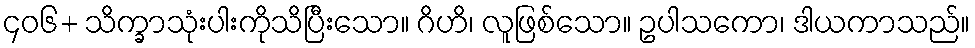
၄၀၆+ သိက္ခာသုံးပါးကိုသိပြီးသော။ ဂိဟိ၊ လူဖြစ်သော။ ဥပါသကော၊ ဒါယကာသည်။